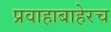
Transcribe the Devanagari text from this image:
प्रवाहाबाहेरच